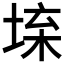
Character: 𡍕